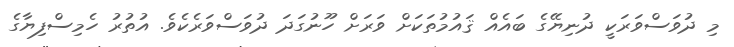
މި ދުވަސްވަރަކީ ދުނިޔޭގެ ބައެއް ޤައުމުތަކަށް ވަރަށް ހޫނުގަދަ ދުވަސްވަރެކެވެ. އުތުރު ހެމިސްފިޔާގެ